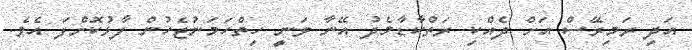
އަދި ރަމިރޭސް އަށް ދެއްކި ރަތްކާޑާމެދު އޭނާ ވަނީ ހިތްހަމަނުޖެހުން ފާޅުކޮށްފަ އެވެ.